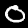
Digit: 0